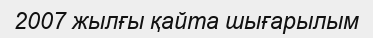
2007 жылғы қайта шығарылым